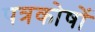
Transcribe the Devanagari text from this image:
पत्रकोषों